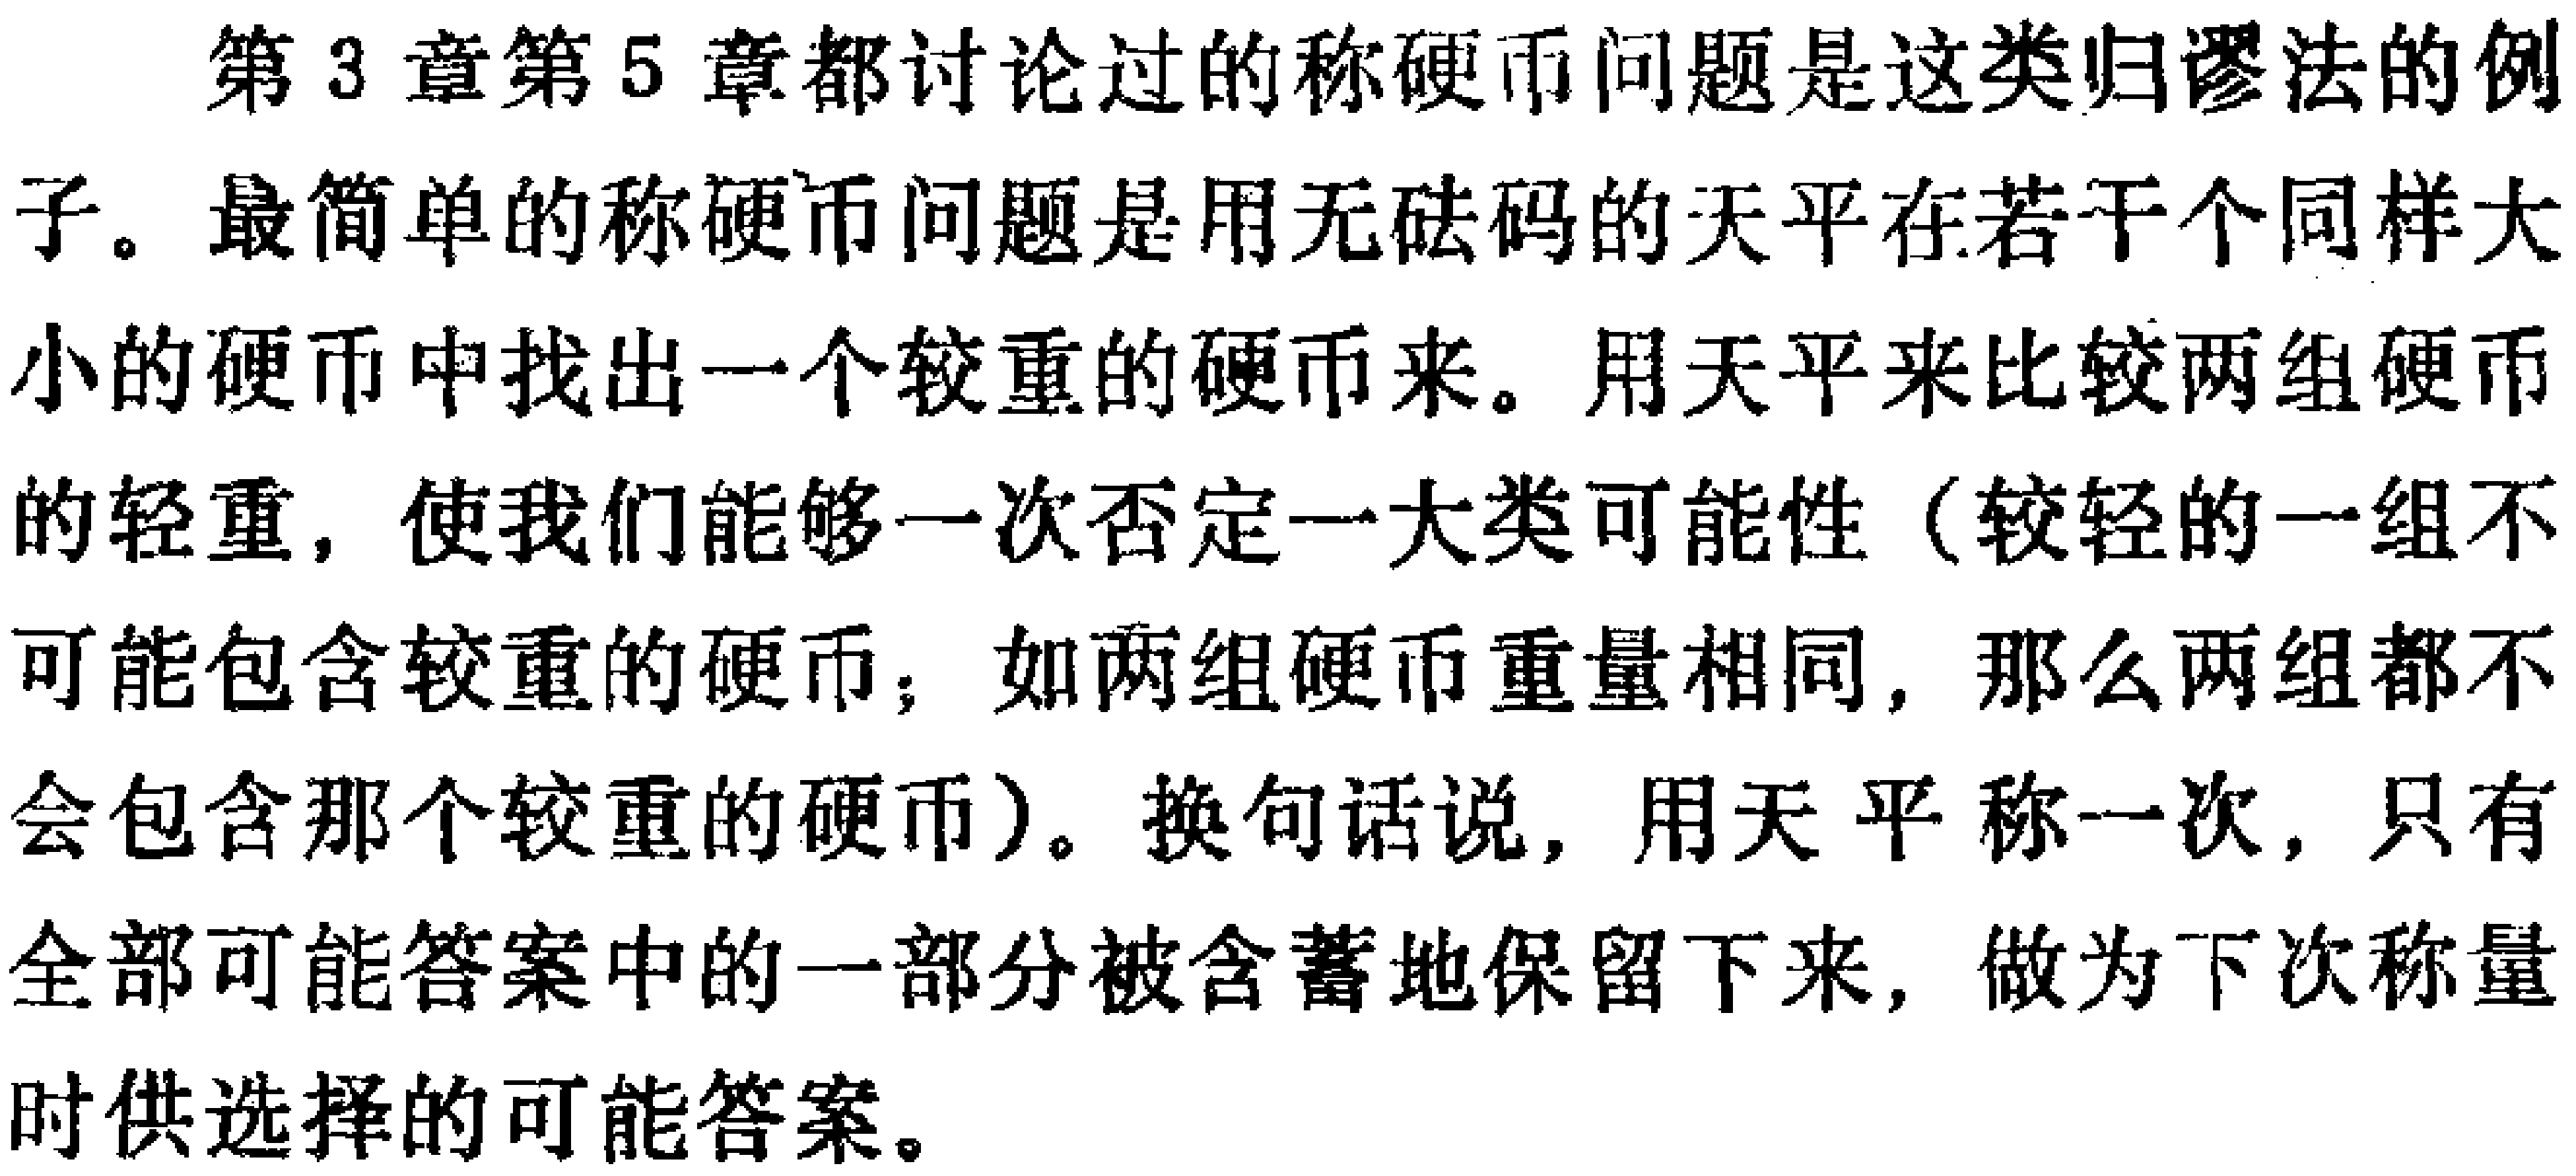
第3章第5章都讨论过的称硬币问题是这类归谬法的例子。最简单的称硬币问题是用无砝码的天平在若干个同样大小的硬币中找出一个较重的硬币来。用天平来比较两组硬币的轻重，使我们能够一次否定一大类可能性（较轻的一组不可能包含较重的硬币；如两组硬币重量相同，那么两组都不会包含那个较重的硬币）。换句话说，用天平称一次，只有全部可能答案中的一部分被含蓄地保留下来，做为下次称量时供选择的可能答案。